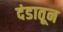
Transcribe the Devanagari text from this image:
दंडातून